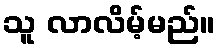
သူ လာလိမ့်မည်။